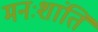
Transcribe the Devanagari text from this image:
मनःशांति